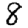
Digit: 8